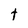
Character: t